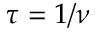
\tau = 1 / \nu